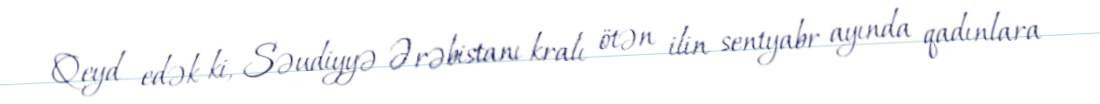
Qeyd edək ki, Səudiyyə Ərəbistanı kralı ötən ilin sentyabr ayında qadınlara